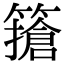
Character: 𥴻